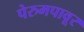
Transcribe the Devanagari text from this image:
पेरुमपावूर